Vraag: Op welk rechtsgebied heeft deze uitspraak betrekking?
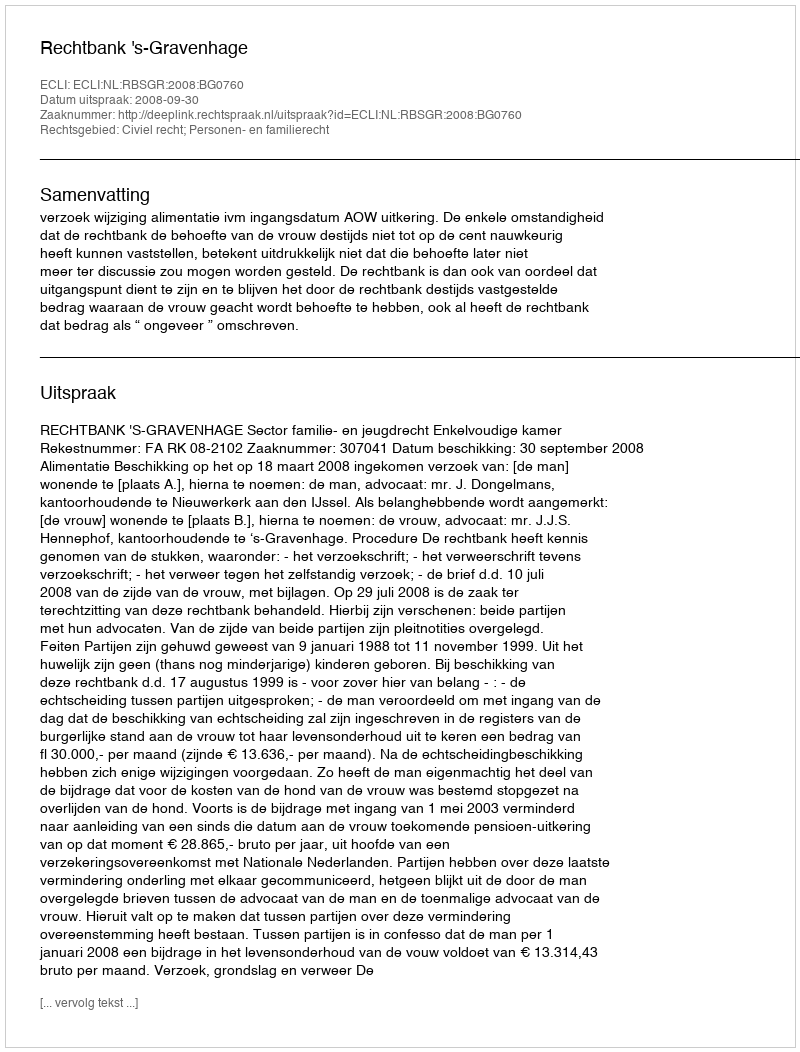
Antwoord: Civiel recht; Personen- en familierecht